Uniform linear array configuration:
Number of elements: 4
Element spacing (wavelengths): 0.5
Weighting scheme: hamming
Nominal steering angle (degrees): -30
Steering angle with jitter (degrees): -29.984
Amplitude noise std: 0.05
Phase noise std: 0.05

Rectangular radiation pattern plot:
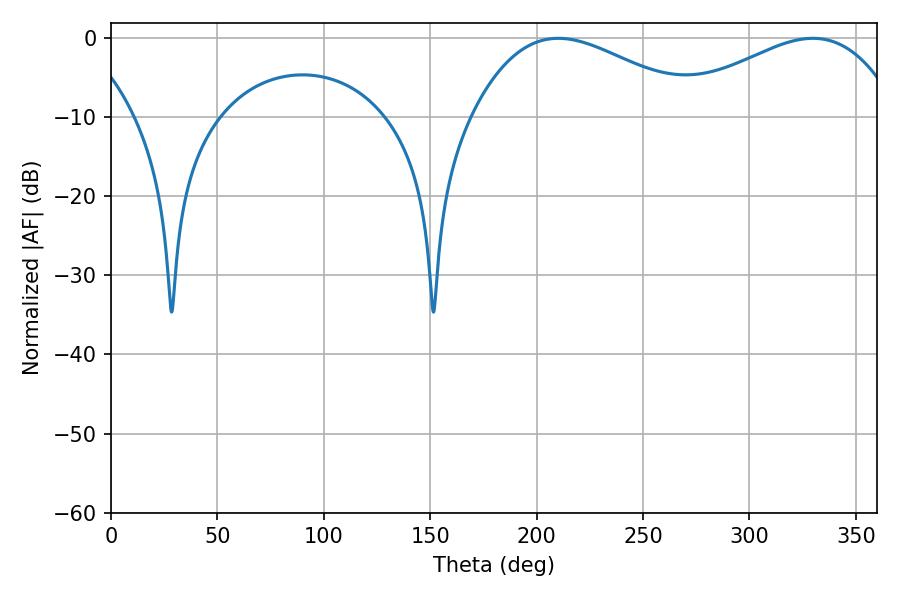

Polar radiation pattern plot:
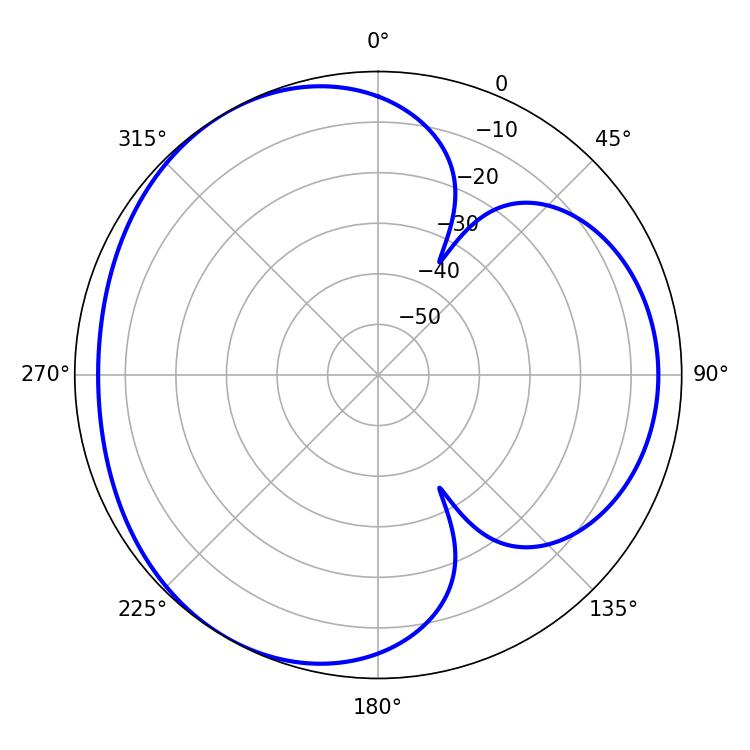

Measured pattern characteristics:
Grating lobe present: FALSE
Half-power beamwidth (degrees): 58.5
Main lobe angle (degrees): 210.24